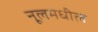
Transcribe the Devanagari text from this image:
नूलमधील